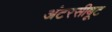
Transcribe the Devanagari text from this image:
अंटरसीबूट